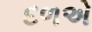
દળએ